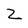
Character: Z